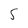
Character: 5